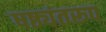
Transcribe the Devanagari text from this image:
षष्ठ्यंतरूप